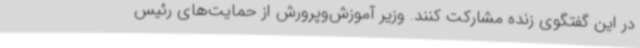
در این گفتگوی زنده مشارکت کنند. وزیر آموزش‌وپرورش از حمایت‌های رئیس